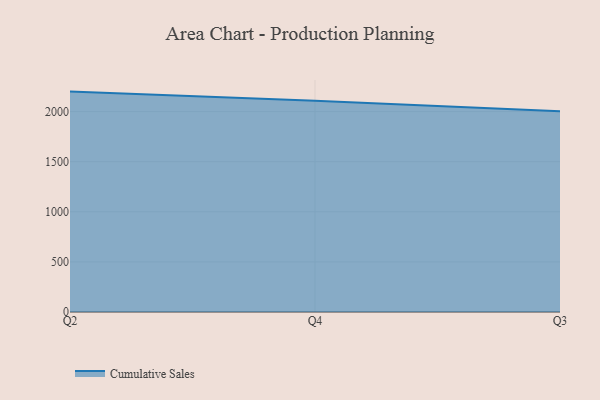
{"axis": {"x": "Quarter", "y": "Gross Profit (USD K)"}, "legend": ["Cumulative Sales"], "data": [{"x": "Q2", "y": 2199.6, "type": "Cumulative Sales"}, {"x": "Q4", "y": 2107.1, "type": "Cumulative Sales"}, {"x": "Q3", "y": 2002.5, "type": "Cumulative Sales"}]}